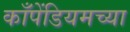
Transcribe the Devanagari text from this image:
काँपेंडियमच्या